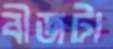
বীজটা